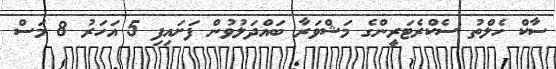
ސާކް ހެލްތު ސެކްރެޓަރީންގެ މަޝްވަރާ ބައްދަލުވުން ފަށައިފި 5 އަހަރު 8 މަސް